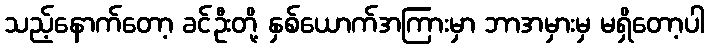
သည့်နောက်တော့ ခင်ဦးတို့ နှစ်ယောက်အကြားမှာ ဘာအမှားမှ မရှိတော့ပါ